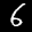
Label: 6